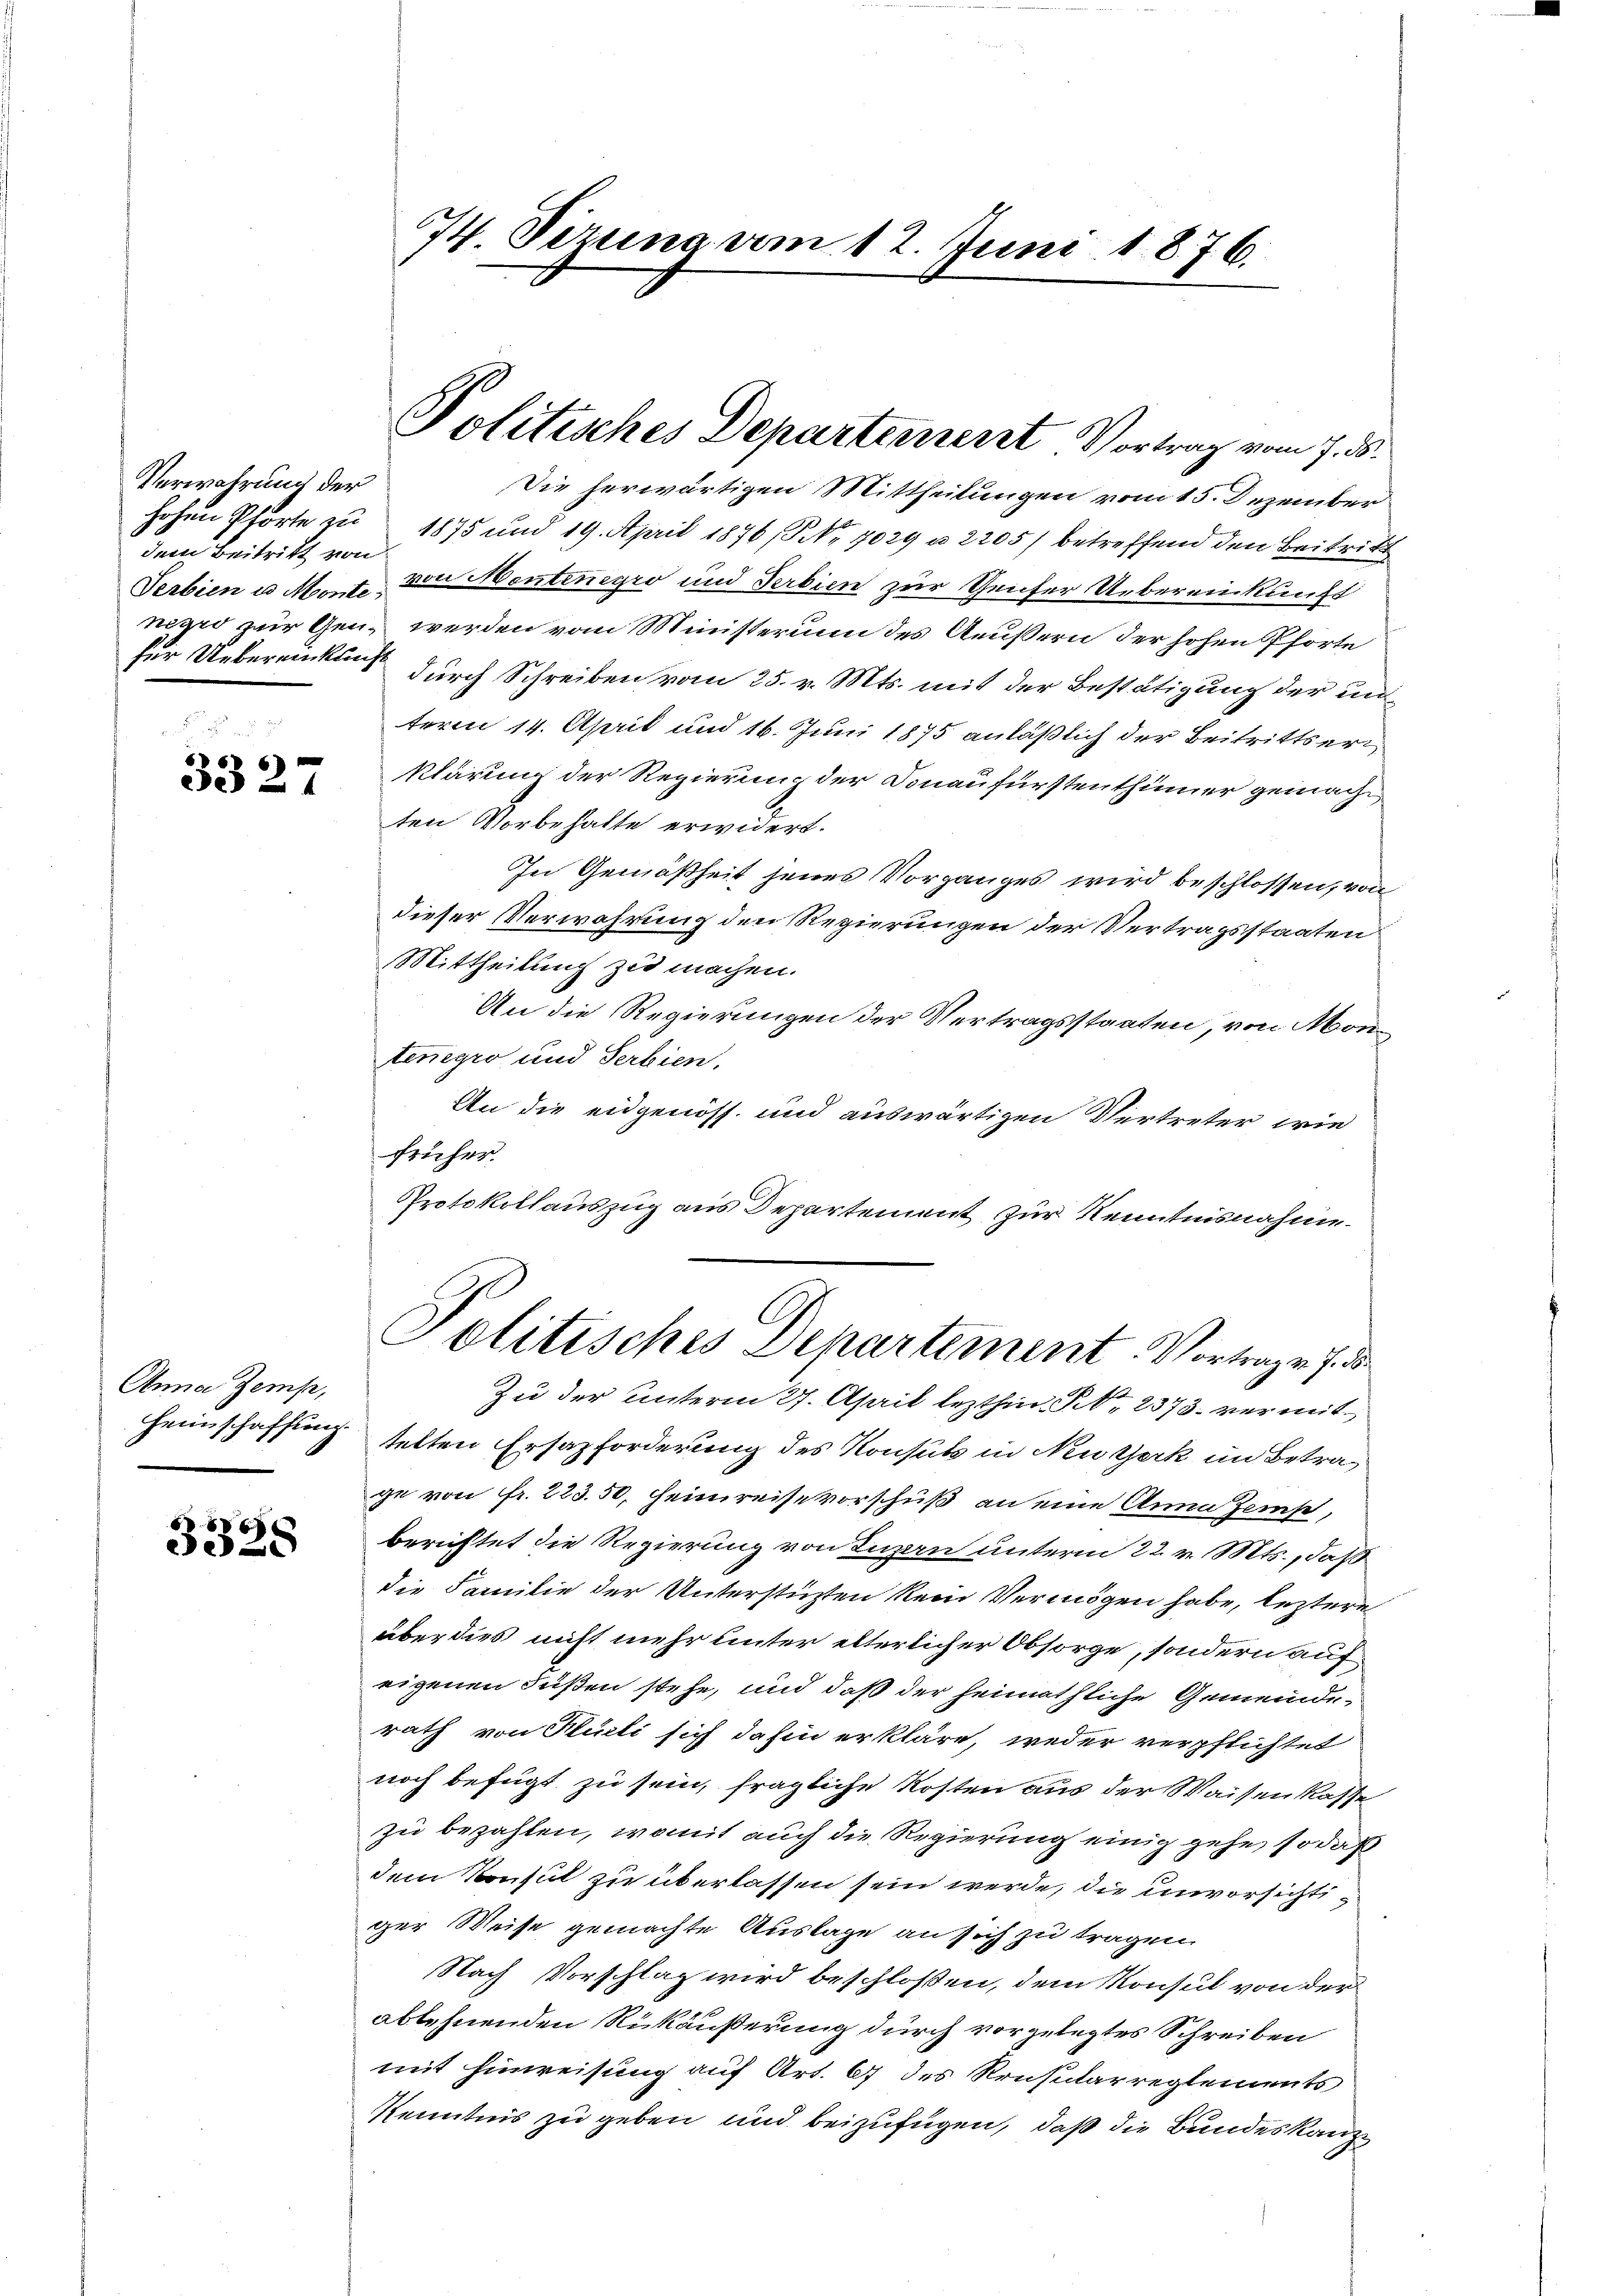
Verwahrung der
dem Beitritt von
für Uebereinkliche

3327

Anna Zemp,
Heimschaffung

3328

74. Sizung vom 12. Juni 1876.

Die herwärtigen Mittheilungen vom 15. Dezember
hohen Pförte zu 1875 und 19. April 1876, NNo. 7029 u. 2205/ betreffend den Beitritt
Verbien u. M. von Mentenegro und Serbien zur Genfer Uebereinkunft
negro zur Gen. werden vom Ministerium des Aeußern der hohen Pforte
durch Schreiben vom 25. v. Mts. mit der Bestätigung der unterm 14. April und 16. Juni 1875 anläßlich der Beitrittserklärung der Regierung der Donau fürstenthümer gemacht,
ten Vorbehalte erwidert.
In Gemäßheit jenes Vorganges wird beschlossen, von
dieser Verwahrung den Regierungen der Vertragsstaaten
Mittheilung zu machen.
An die Regierungen der Vertragsstaaten, von Montenegio und Serbien,
An die eidgenöss. und auswärtigen Vertreter, wie
früher.
Protokollauszug aus Departement zur Kenntnisnahme

Politisches Departement Vortrag vom 7. ds.

Politisches Departement. Vortrage de

Zu der Unterm 27. April lezthin P. 2373. vermittelten Ersazforderung des Konsuls in Neuzerk im Betraie von fr. 223. 50, Heimreise vorschuß an eine Anna Zems,
berichtet die Regierung von Luzern unterm 22. v. Mts., daß
die Familie der Unterstüzten kein Vermögen habe, leztere
über dies nicht mehr unter elterlicher Obsorge, sondern auf
eigenen Füßen stehe, und daß der heimathliche Gemeinderath von Küsli sich dahin erkläre, weder verpflichtet
noch befügt zu sein, fragliche Kosten aus der Waisenkasse
zu bezahlen, womit auch die Regierung einig gehe, so daß
dem Konsul zu überlassen sein werde, die unvorsichtiger Weise gemachte Auslage an sich zu tragen.
Nach Vorschlag wird beschlossen, dem Konsul von der
ablehnenden Rückäußerung durch vorgelegtes Schreiben
mit Hinweisung auf Art. 67 des Konsularreglements
Kenntnis zu geben und beizufügen, daß die Bundeskanz¬